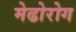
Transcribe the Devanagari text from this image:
मेढोरोग